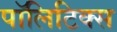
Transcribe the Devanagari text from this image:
पाॅलिटिक्स